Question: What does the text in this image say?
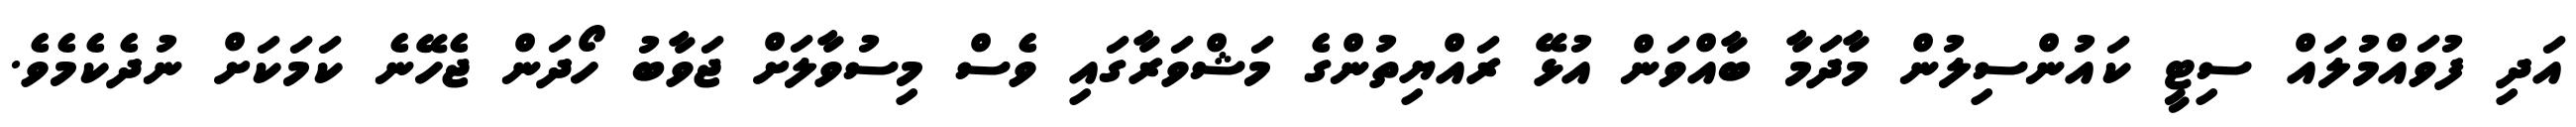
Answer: އަދި ފުވައްމުލައް ސިޓީ ކައުންސިލުން މާދަމާ ބާއްވަން އުޅޭ ރައްޔިތުންގެ މަޝްވަރާގައި ވެސް މިސުވާލަށް ޖަވާބު ހޯދަން ޖެހޭނެ ކަމަކަށް ނުދެކެމެވެ.